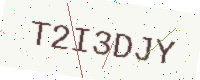
Text: T2I3DJY